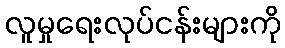
လူမှုရေးလုပ်ငန်းများကို